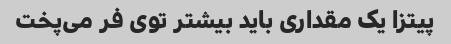
پیتزا یک مقداری باید بیشتر توی فر می‌پخت